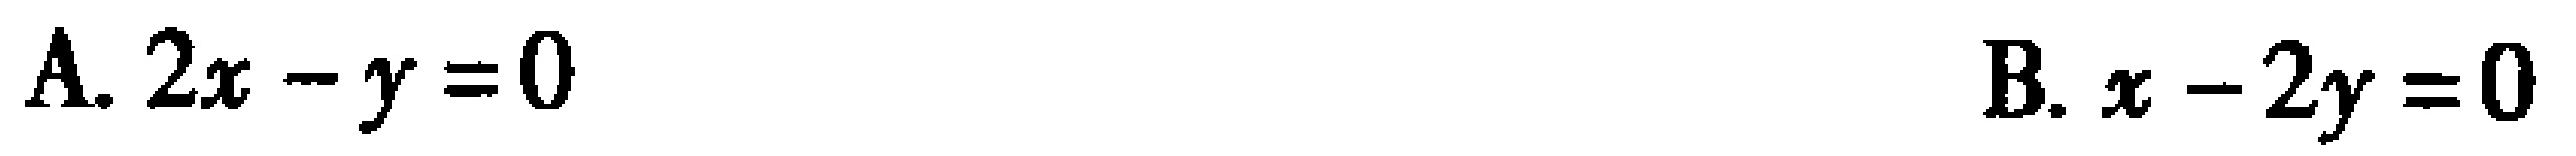
A. \(2x - y = 0\)  B. \(x - 2y = 0\)